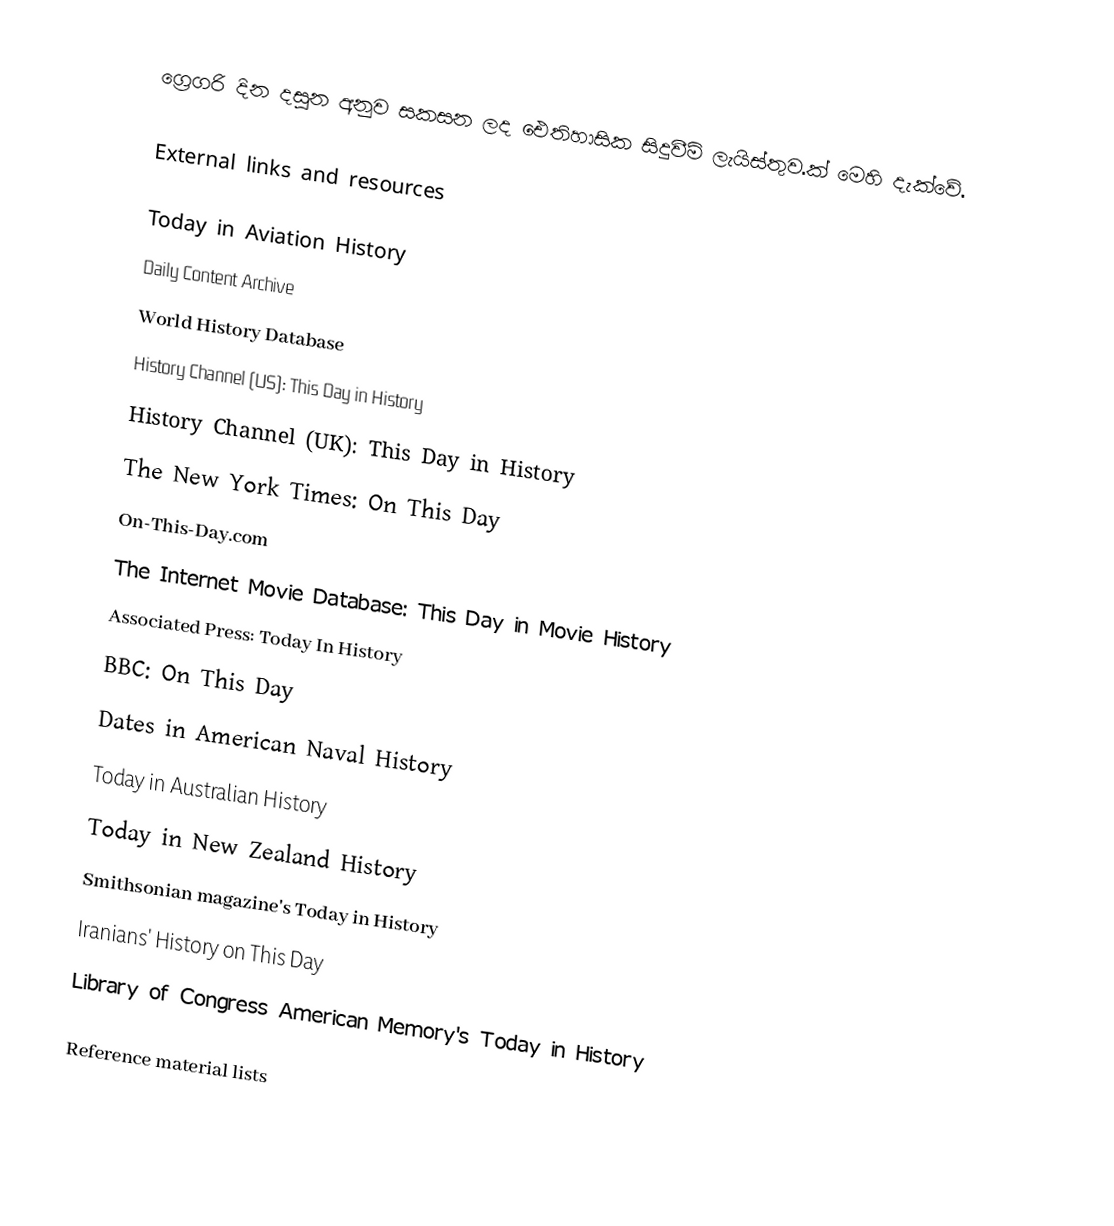
ග්‍රෙගරි දින දසුන අනුව සකසන ලද ඓතිහාසික සිදුවීම් ලැයිස්තුව.ක් මෙහි දැක්වේ.

External links and resources

 Today in Aviation History
 Daily Content Archive
 World History Database
 History Channel (US): This Day in History
 History Channel (UK): This Day in History
 The New York Times: On This Day
 On-This-Day.com
 The Internet Movie Database: This Day in Movie History
 Associated Press: Today In History
 BBC: On This Day
 Dates in American Naval History
 Today in Australian History
 Today in New Zealand History
 Smithsonian magazine's Today in History
 Iranians' History on This Day
 Library of Congress American Memory's Today in History

Reference material lists